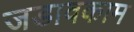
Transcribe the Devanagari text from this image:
जडावकाम